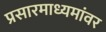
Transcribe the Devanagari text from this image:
प्रसारमाध्यमांवर